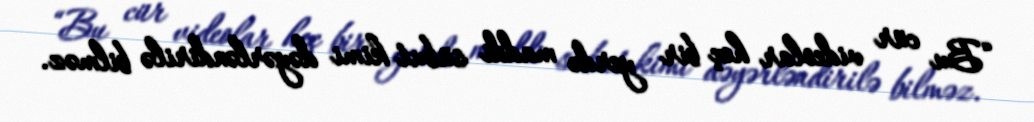
“Bu cür videolar heç bir yerdə maddi sübut kimi dəyərləndirilə bilməz.